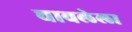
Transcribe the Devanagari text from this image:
चावलेला